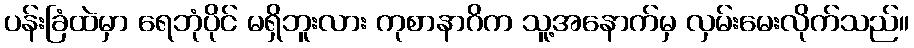
ပန်းခြံထဲမှာ ရေဘုံပိုင် မရှိဘူးလား ကုစာနာဂိက သူ့အနောက်မှ လှမ်းမေးလိုက်သည်။